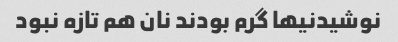
نوشیدنیها گرم بودند نان هم تازه نبود